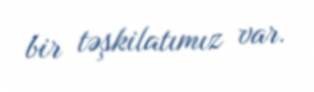
bir təşkilatımız var.